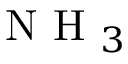
\textrm { N H } _ { 3 }